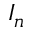
I _ { n }